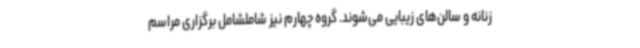
زنانه و سالن‌های زیبایی می‌شوند. گروه چهارم نیز شاملشامل برگزاری مراسم